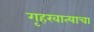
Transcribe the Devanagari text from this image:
गृहखात्याचा